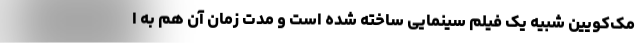
مک‌کویین شبیه یک فیلم سینمایی ساخته شده است و مدت زمان آن هم به ا